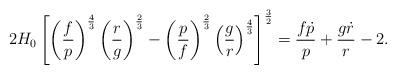
LaTeX: \begin{align*}2H_{0}\left[ \left( \frac{f}{p}\right) ^{\frac{4}{3}}\left( \frac{r}{g}\right) ^{\frac{2}{3}}-\left( \frac{p}{f}\right) ^{\frac{2}{3}}\left( \frac{g}{r}\right) ^{\frac{4}{3}}\right] ^{\frac{3}{2}}=\frac{f\dot{p}}{p}+\frac{g\dot{r}}{r}-2. \end{align*}